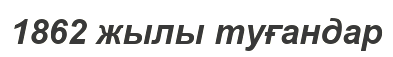
1862 жылы туғандар